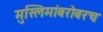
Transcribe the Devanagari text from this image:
मुस्लिमांबरोबरच